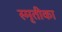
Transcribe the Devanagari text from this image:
स्मृतीका